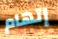
إتهام